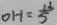
0 H = \frac { 1 3 } { 5 }